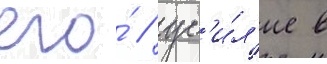
его́ / ус'и́л'ие в